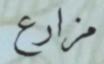
مزارع